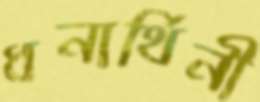
ধনার্থিনী